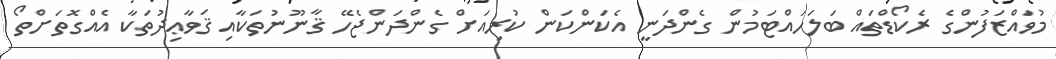
މުވައްޒަފުންގެ ރެކޯޑްތައް ބަލަހައްޓަމުން ގެންދަނީ އެކަންކަން ކުރިއަށް ގެންދަންޖެހޭ ޤާނޫނުތަކާއި ޤަވާޢިދުތަކާ އެއްގޮތަށްތޯ